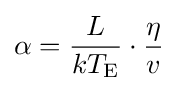
\alpha ={\frac {L}{kT_{\mathrm {E} }}}\cdot {\frac {\eta }{v}}